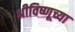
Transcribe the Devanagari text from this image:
श्रीविष्णूच्या